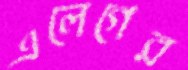
এলেগের